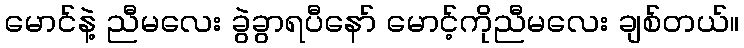
မောင်နဲ့ ညီမလေး ခွဲခွာရပီနော် မောင့်ကိုညီမလေး ချစ်တယ်။